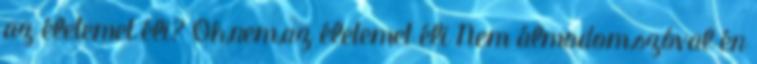
az életemet éli? Oh,nem,az életemet éli Nem álmodom,szóval én